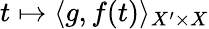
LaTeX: t\mapsto\langle g,f(t)\rangle_{X^{\prime}\times X}